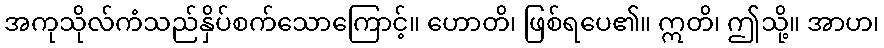
အကုသိုလ်ကံသည်နှိပ်စက်သောကြောင့်။ ဟောတိ၊ ဖြစ်ရပေ၏။ ဣတိ၊ ဤသို့။ အာဟ၊